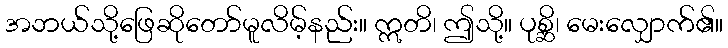
အဘယ်သို့ဖြေဆိုတော်မူလိမ့်နည်း။ ဣတိ၊ ဤသို့။ ပုစ္ဆိ၊ မေးလျှောက်၏။